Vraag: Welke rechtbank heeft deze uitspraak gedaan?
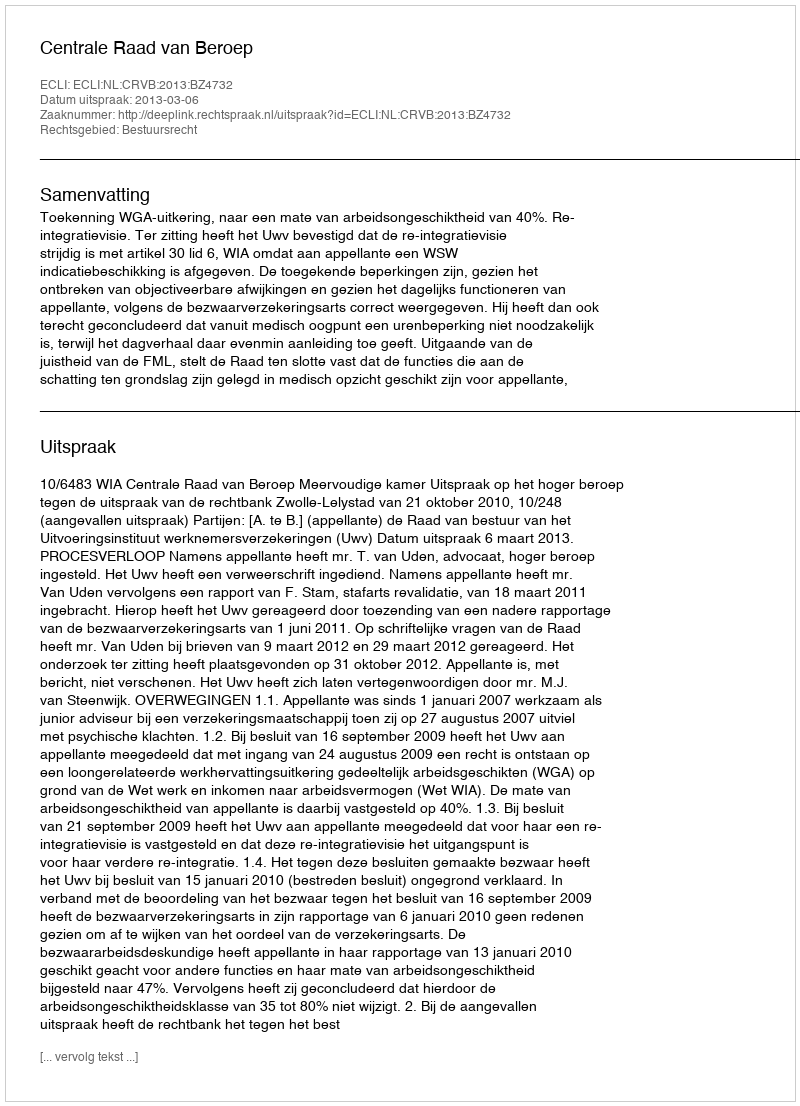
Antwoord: Centrale Raad van Beroep